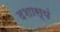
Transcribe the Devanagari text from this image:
दशास्यं